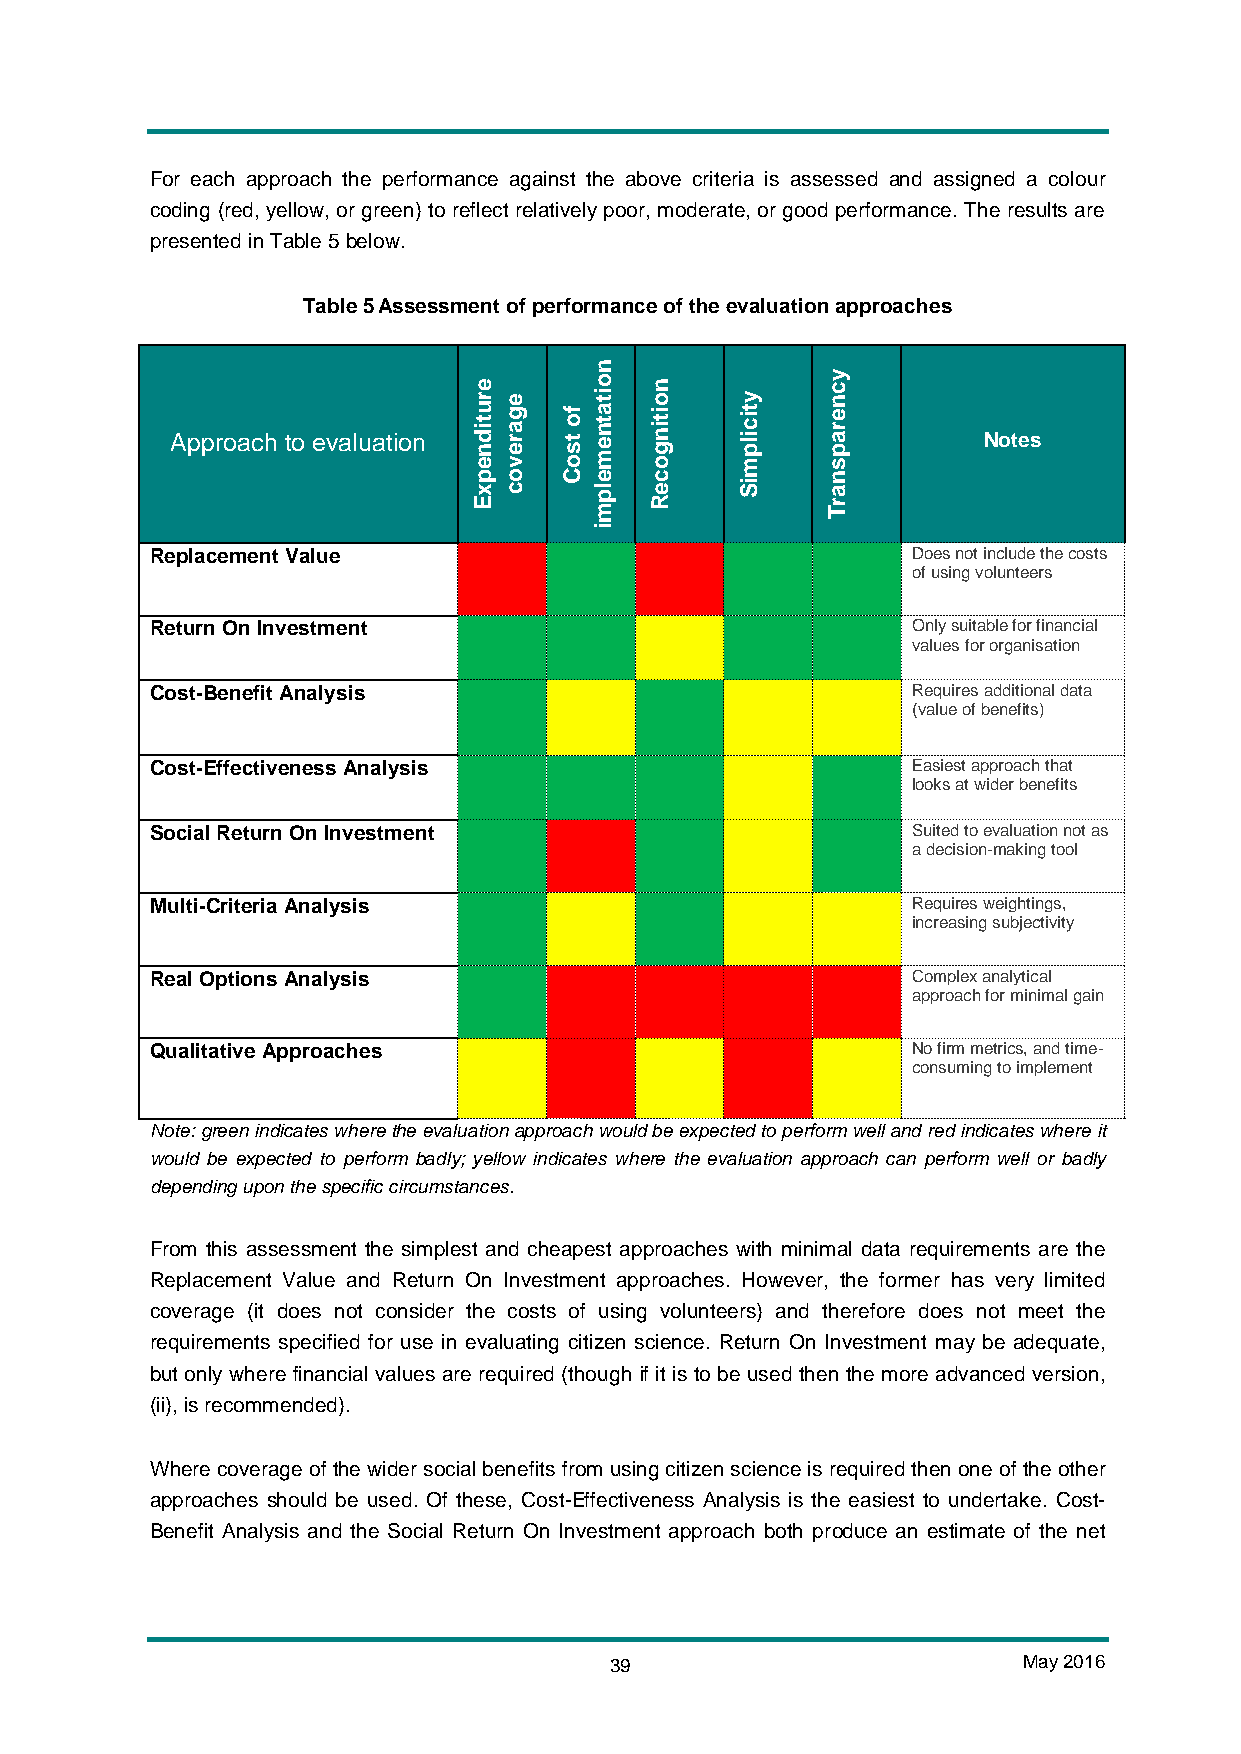
For each approach the performance against the above criteria is assessed and assigned a colour
 coding (red, yellow, or green) to reflect relatively poor, moderate, or good performance. The results are
 presented in Table 5 below.
 Table 5 Assessment of performance of the evaluation approaches
 Approach to evaluation                                Notes
 Replacement Value                                 Does not include the costs
 of using volunteers
 Return On Investment                              Only suitable for financial
 values for organisation
 Cost-Benefit Analysis                             Requires additional data
 (value of benefits)
 Cost-Effectiveness Analysis                       Easiest approach that
 looks at wider benefits
 Social Return On Investment                       Suited to evaluation not as
 a decision-making tool
 Multi-Criteria Analysis                           Requires weightings,
 increasing subjectivity
 Real Options Analysis                             Complex analytical
 approach for minimal gain
 Qualitative Approaches                            No firm metrics, and time-
 consuming to implement
 Note: green indicates where the evaluation approach would be expected to perform well and red indicates where it
 would be expected to perform badly; yellow indicates where the evaluation approach can perform well or badly
 depending upon the specific circumstances.
 From this assessment the simplest and cheapest approaches with minimal data requirements are the
 Replacement Value and Return On Investment approaches. However, the former has very limited
 coverage (it does not consider the costs of using volunteers) and therefore does not meet the
 requirements specified for use in evaluating citizen science. Return On Investment may be adequate,
 but only where financial values are required (though if it is to be used then the more advanced version,
 (ii), is recommended).
 Where coverage of the wider social benefits from using citizen science is required then one of the other
 approaches should be used. Of these, Cost-Effectiveness Analysis is the easiest to undertake. Cost-
 Benefit Analysis and the Social Return On Investment approach both produce an estimate of the net
 39                          May 2016
 erutidnepxE
 egarevoc
 fo
 tsoC
 noitatnemelpmi
 noitingoceR
 yticilpmiS
 ycnerapsnarT